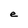
Character: e